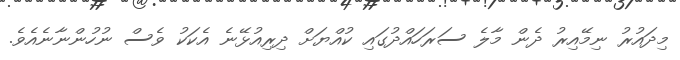
މިދައުރު ނިމޭއިރު ދެން މާލެ ސަރަހައްދުގައި ކުއްޔަށް ދިރިއުޅޭނެ އެކަކު ވެސް ނުހުންނާނެއެވެ.